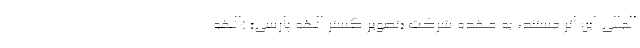
المللی این اثر مستند، به عهده شرکت «تصویر گستر الهه پارسی» (الهه